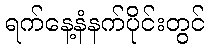
ရက်နေ့နံနက်ပိုင်းတွင်